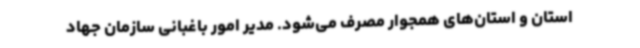
استان و استان‌های همجوار مصرف می‌شود. مدیر امور باغبانی سازمان جهاد